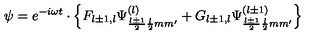
\psi = e ^ { - i \omega t } \cdot \left\{ F _ { l \pm 1 , l } \Psi _ { \frac { l \pm 1 } { 2 } \frac { l } { 2 } m m ^ { \prime } } ^ { ( l ) } + G _ { l \pm 1 , l } \Psi _ { \frac { l \pm 1 } { 2 } \frac { l } { 2 } m m ^ { \prime } } ^ { ( l \pm 1 ) } \right\}